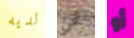
لديه نحن أو